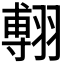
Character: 𦑵